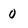
Character: 0